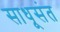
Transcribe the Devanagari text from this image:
साधूसंत